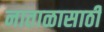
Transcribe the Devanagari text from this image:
नाताळासाठी